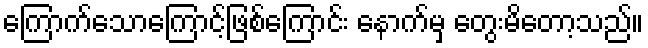
ကြောက်သောကြောင့်ဖြစ်ကြောင်း နောက်မှ တွေးမိတော့သည်။